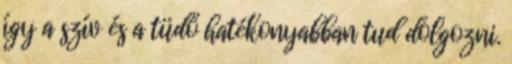
így a szív és a tüdő hatékonyabban tud dolgozni.